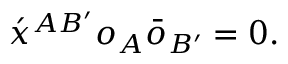
\acute { x } ^ { A B ^ { \prime } } o _ { A } \bar { o } _ { B ^ { \prime } } = 0 .